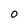
Character: O